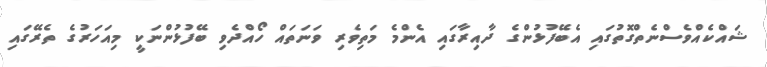
ޝައްކެއްވެސްނެތްގޮތުގައި އެބޭފުޅުންގެ ދާއިރާގައި އެންމެ މަތިވެރި ވަނަތައް ހޯއްދެވި ބޭފުޅުންނަކީ މިއަހަރުގެ ތެރޭގައި